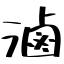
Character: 滷